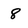
Character: 8